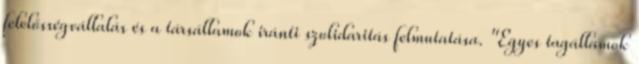
felelősségvállalás és a társállamok iránti szolidaritás felmutatása. "Egyes tagállamok